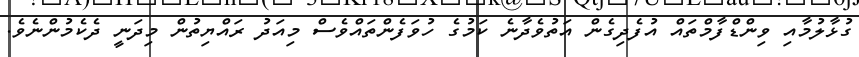
ގުޅާލުމާއި ވިންޑްފާމްތައް އުފެދިގެން އަތުވެދާނެ ކަމުގެ ހުވަފެންތައްވެސް މިއަދު ރައްޔިތުން މިދަނީ ދެކެމުންނެވެ.